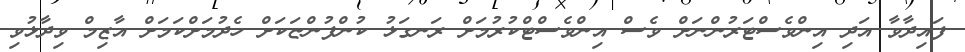
ފައިދާވާ އަދި އިންވެސްޓަރުންނަށް ވެސް އިންވެސްޓްކުރުމަށް ރަނގަޅު ކުންފުންޏަކަށް ހެދުމަށްކަމަށް އާޒިމް ވިދާޅުވި